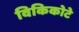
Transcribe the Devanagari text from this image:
विकिकोटे